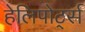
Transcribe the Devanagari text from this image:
हेलिपोर्ट्स